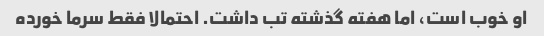
او خوب است، اما هفته گذشته تب داشت. احتمالا فقط سرما خورده